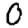
Digit: 0